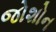
જોશોન